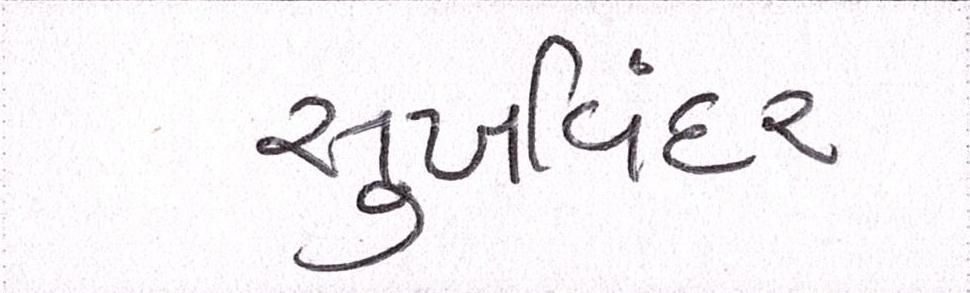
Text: સુખવિંદર